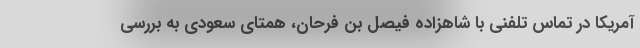
آمریکا در تماس تلفنی با شاهزاده فیصل بن فرحان، همتای سعودی به بررسی